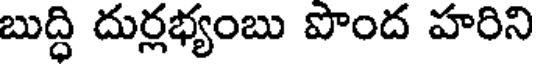
బుద్ధి దుర్లభ్యంబు పొంద హరిని